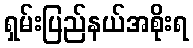
ရှမ်းပြည်နယ်အစိုးရ